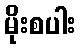
မိုးစပါး